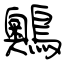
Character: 䴈